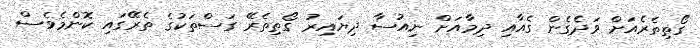
ގޯތިތެރެއަށް ވަދެގެން ގެއާއި ދިމާއަށް ނިއުސާ ދިޔައިރު ގޯތިތެރޭ ގަސްތަކުގެ ތެރޭގައި ކޮންމެވެސް